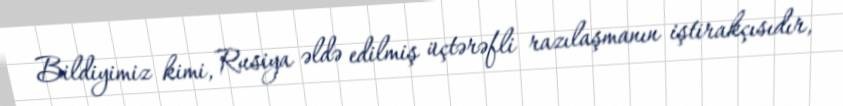
Bildiyimiz kimi, Rusiya əldə edilmiş üçtərəfli razılaşmanın iştirakçısıdır,